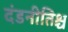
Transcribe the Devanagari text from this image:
दंडनीतिश्च